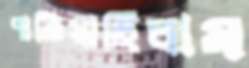
পাতিয়াছিলাম